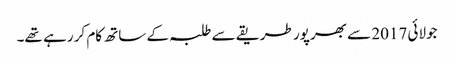
جولائی 2017 سے بھرپور طریقے سے طلبہ کے ساتھ کام کر رہے تھے۔